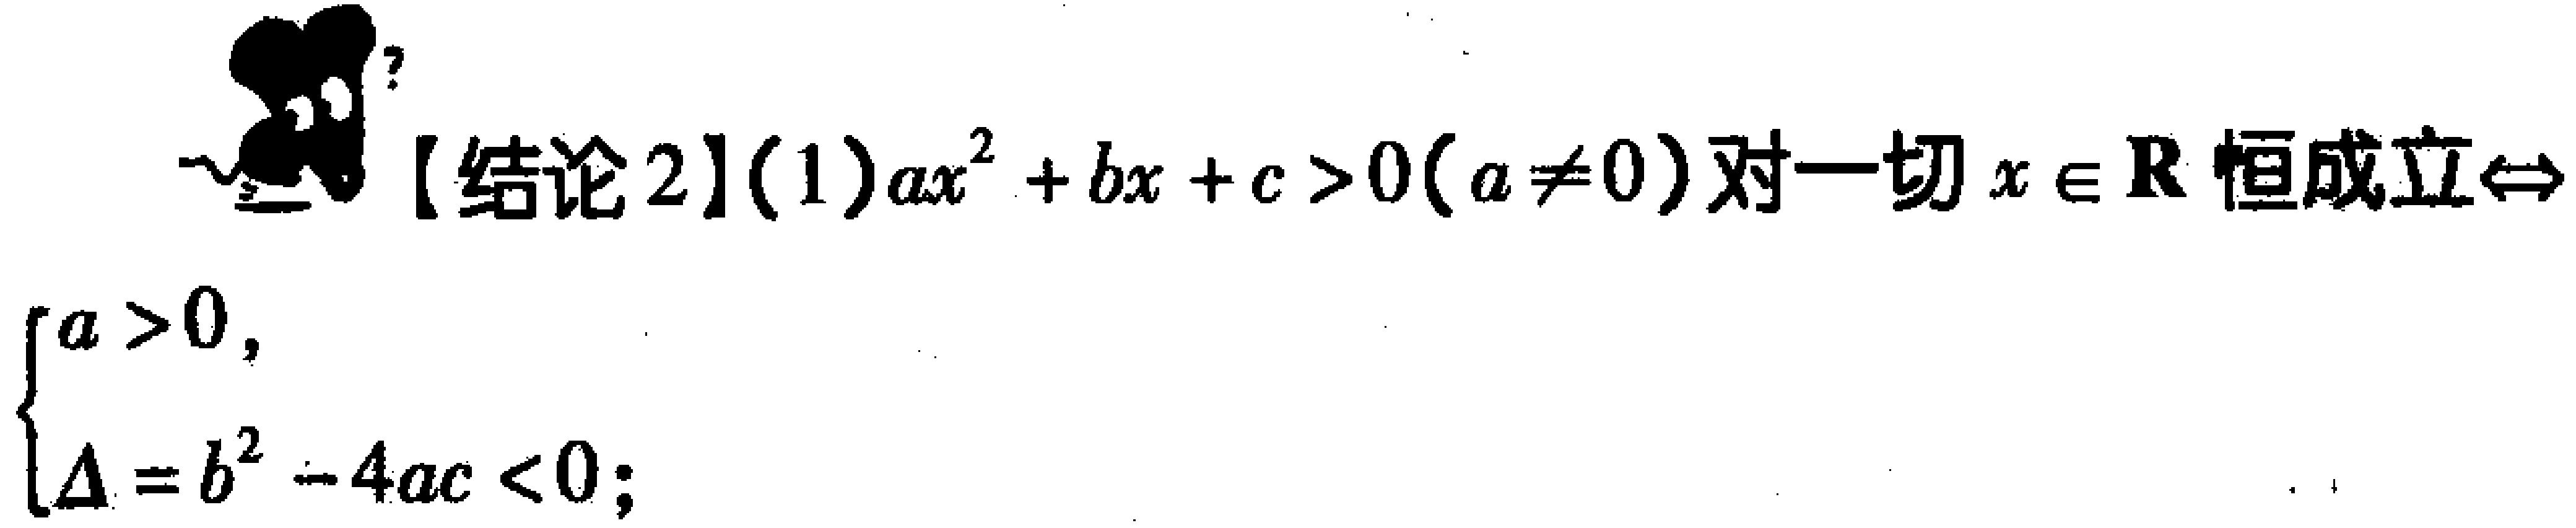
【结论2】(1)$ax^{2}+bx + c>0(a\neq0)$对一切$x\in \mathbf{R}$恒成立$\Leftrightarrow$

$\begin{cases}

a > 0,\\

\Delta=b^{2}-4ac < 0;

\end{cases}$